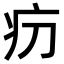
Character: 𤴬